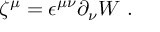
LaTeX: \zeta ^ { \mu } = \epsilon ^ { \mu \nu } \partial _ { \nu } { W } ~ .